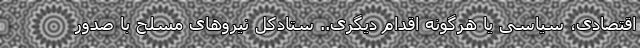
اقتصادی، سیاسی یا هرگونه اقدام دیگری.. ستادکل نیروهای مسلح با صدور